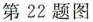
第22题图